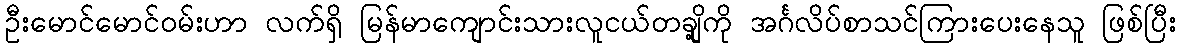
ဦးမောင်မောင်ဝမ်းဟာ လက်ရှိ မြန်မာကျောင်းသားလူငယ်တချို့ကို အင်္ဂလိပ်စာသင်ကြားပေးနေသူ ဖြစ်ပြီး